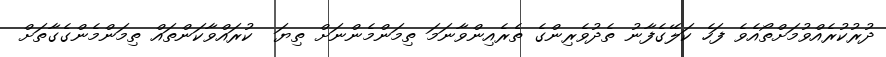
ދުރުކުރެއްވުމަށްތޯއެވެ ފަހެ ކަލޭގެފާނު ތެދުވެރިންގެ ތެރެއިންވާނަމަ ތިމަންމެންނަށް ތިޔަ  ކުރައްވާކަންތައް ތިމަންމެންގެގާތަށް